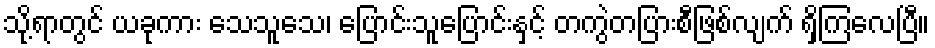
သို့ရာတွင် ယခုကား သေသူသေ၊ ပြောင်းသူပြောင်းနှင့် တကွဲတပြားစီဖြစ်လျက် ရှိကြလေပြီ။